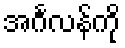
အင်္ဂလန်ကို